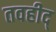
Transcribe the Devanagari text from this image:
तवहीद्